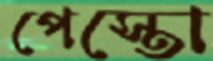
পেস্তো